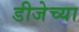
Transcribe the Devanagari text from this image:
डीजेच्या